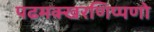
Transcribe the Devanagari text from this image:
पढमक्खरणिप्पणो